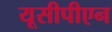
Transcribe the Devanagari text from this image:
यूसीपीएन